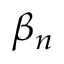
\beta _ { n }